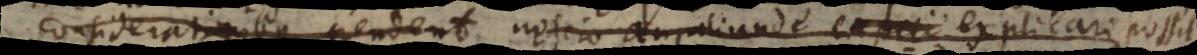
considerationibus pendent nescio an aliunde explicari possit